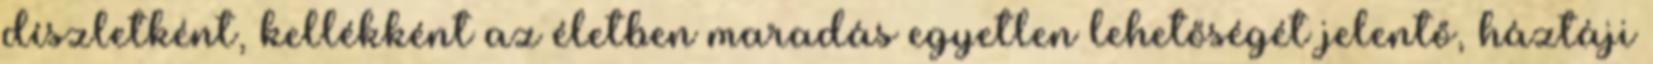
díszletként, kellékként az életben maradás egyetlen lehetőségét jelentő, háztáji